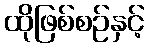
ထိုဖြစ်စဉ်နှင့်